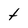
Character: t